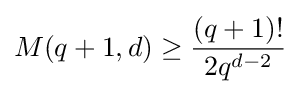
M(q+1,d)\geq {\frac {(q+1)!}{2q^{d-2}}}